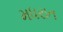
મધરાત